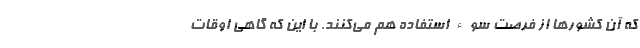
که آن کشورها از فرصت سوء استفاده هم می‌کنند. با این که گاهی اوقات